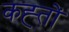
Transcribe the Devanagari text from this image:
कह्तों